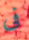
فى